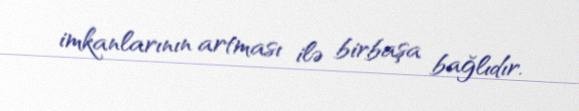
imkanlarının artması ilə birbaşa bağlıdır.